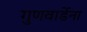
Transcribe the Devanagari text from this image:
गुणवार्डेना